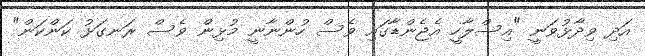
އަދި ވިދާޅުވަނީ "އިސްލާހީ އެޖެންޑާގައި ވެސް ހުންނާނީ މުޅިން ވެސް ރަނގަޅު ކަންކަން"